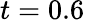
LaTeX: t=0.6